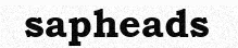
sapheads